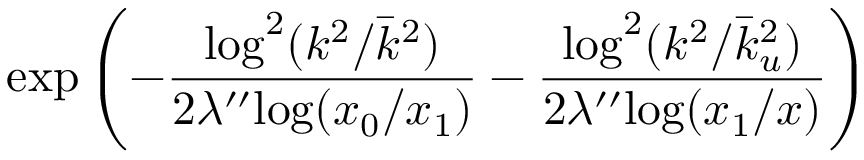
\mathrm { e x p } \left( - \frac { \mathrm { l o g } ^ { 2 } ( k ^ { 2 } / \bar { k } ^ { 2 } ) } { 2 \lambda ^ { \prime \prime } \mathrm { l o g } ( x _ { 0 } / x _ { 1 } ) } - \frac { \mathrm { l o g } ^ { 2 } ( k ^ { 2 } / \bar { k } _ { u } ^ { 2 } ) } { 2 \lambda ^ { \prime \prime } \mathrm { l o g } ( x _ { 1 } / x ) } \right)